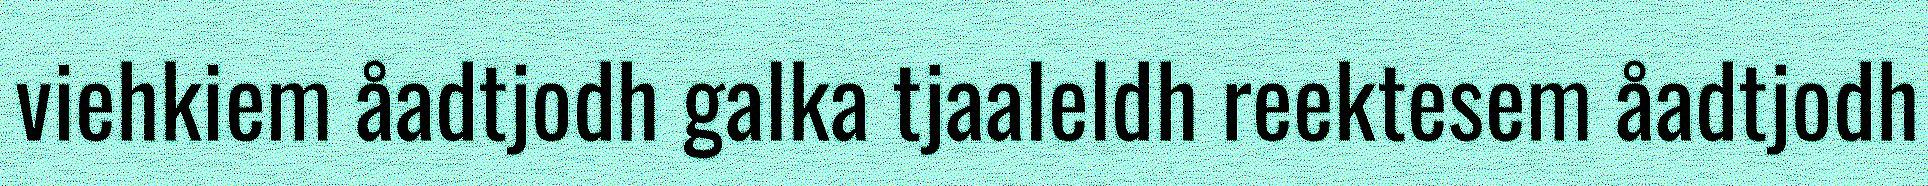
viehkiem åadtjodh galka tjaaleldh reektesem åadtjodh